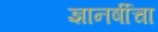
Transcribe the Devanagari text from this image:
ज्ञानर्षीचा